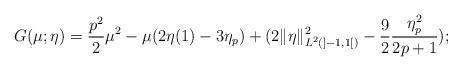
LaTeX: \begin{align*}G(\mu;\eta) = \frac{p^2}{2} \mu^2 -\mu (2\eta(1)-3\eta_p)+(2\|\eta\|_{L^2(]-1,1[)}^2-\frac{9}{2}\frac{\eta_p^2}{2p+1});\end{align*}